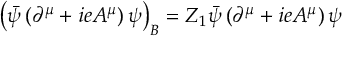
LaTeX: \left( { \bar { \psi } } \left( \partial ^ { \mu } + i e A ^ { \mu } \right) \psi \right) _ { B } = Z _ { 1 } { \bar { \psi } } \left( \partial ^ { \mu } + i e A ^ { \mu } \right) \psi